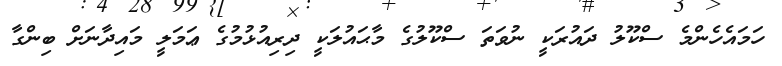
ހަމައެހެންމެ ސްކޫލު ދައުރަކީ ނުވަތަ ސްކޫލުގެ މާޙައުލަކީ ދިރިއުޅުމުގެ ޢަމަލީ މައިދާނަށް ބިންގާ